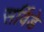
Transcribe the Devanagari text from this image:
सर्विडे